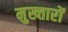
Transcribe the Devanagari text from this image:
मुख्तारों